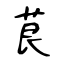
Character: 茛